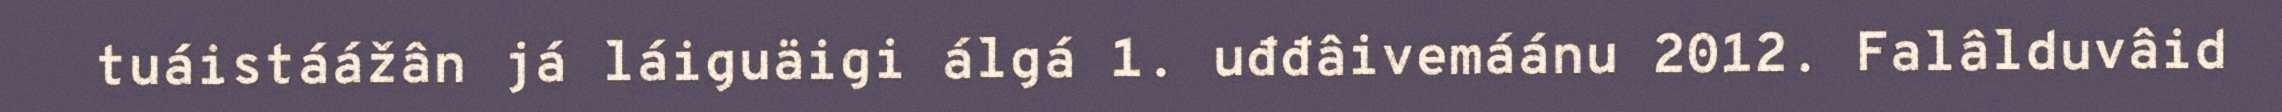
tuáistáážân já láiguäigi álgá 1. uđđâivemáánu 2012. Falâlduvâid